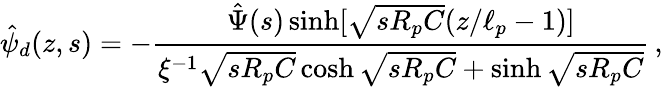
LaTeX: \hat{\psi}_{d}(z,s)=-\frac{\hat{\Psi}(s)\sinh[\sqrt{sR_{p}C}(z/\ell_{p}-1)]}{\xi^{-1}\sqrt{sR_{p}C}\cosh\sqrt{sR_{p}C}+\sinh\sqrt{sR_{p}C}}\, ,